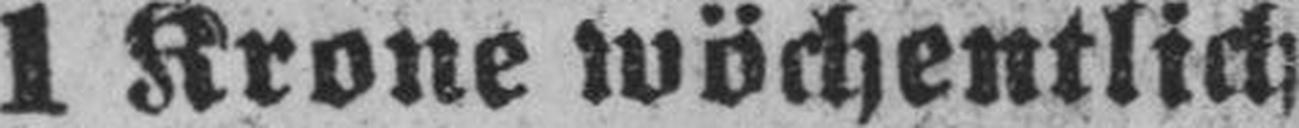
1 Krone wöchentlich